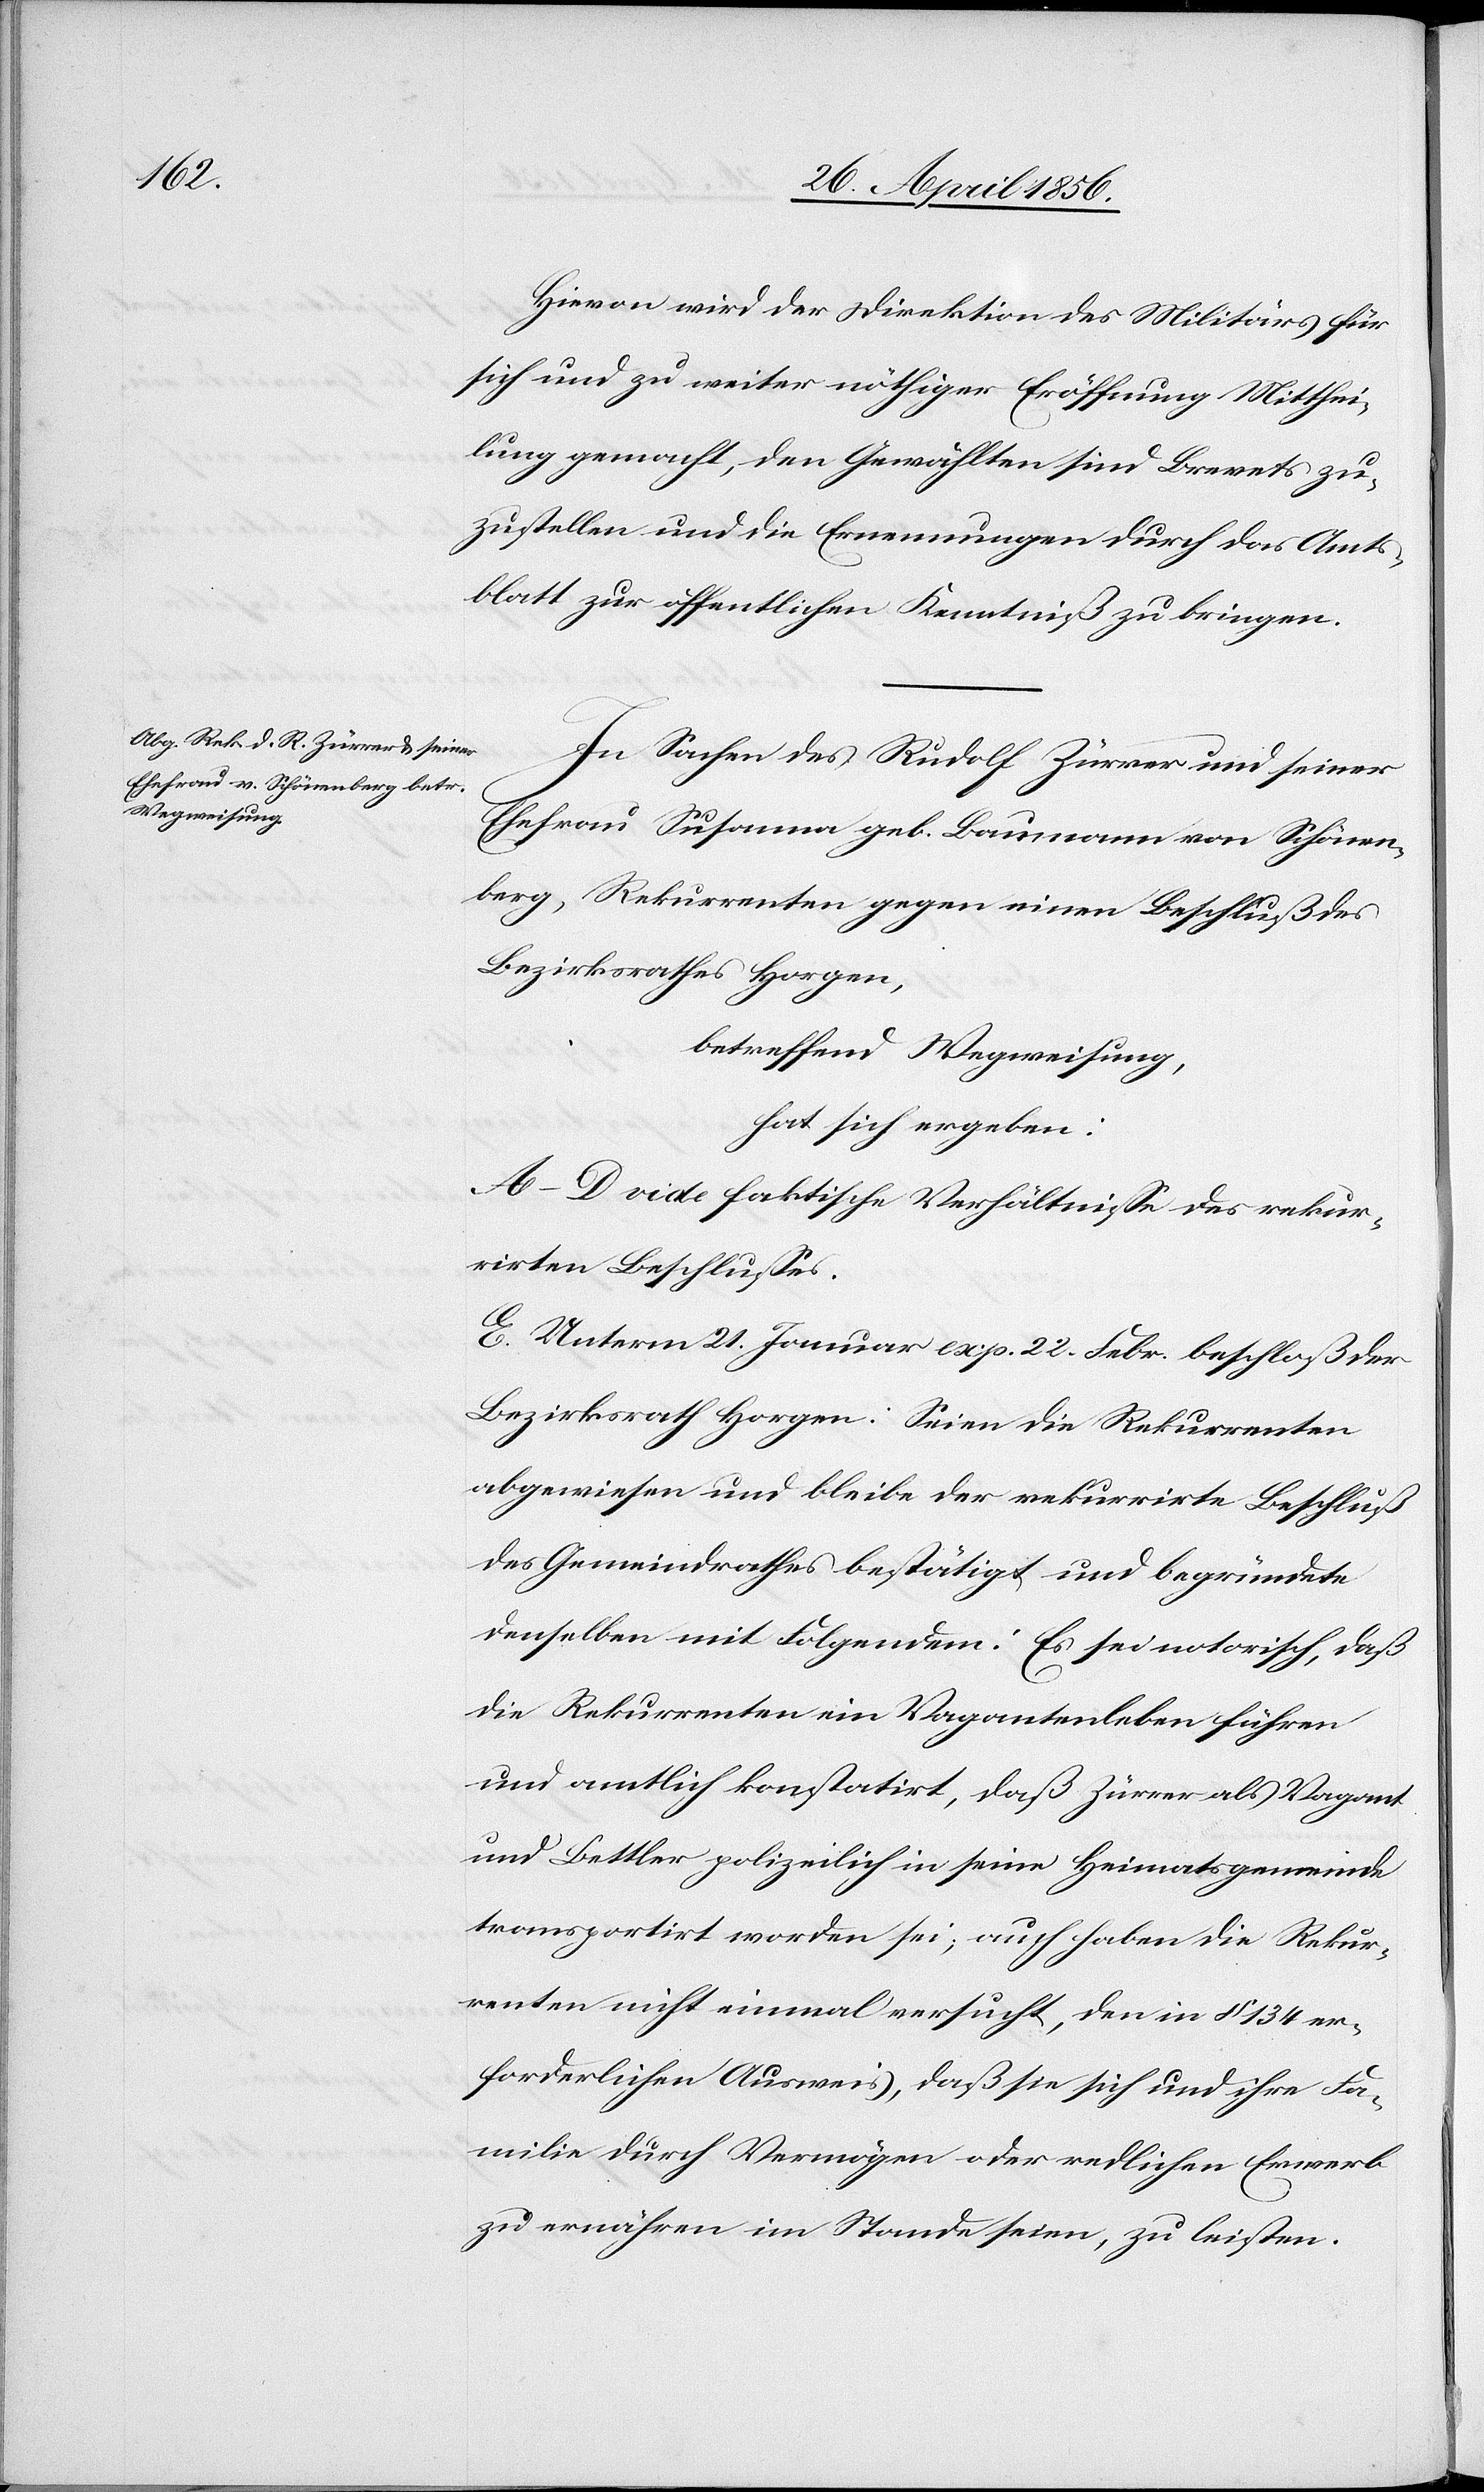
Hievon wird der Direktion des Militärs für
sich und zu weiter nöthiger Eröffnung Mitthei¬
lung gemacht, den Gewählten sind Brevets zu¬
zustellen und die Ernennungen durch das Amts¬
blatt zur öffentlichen Kenntniß zu bringen.
In Sachen des Rudolf Zürrer und seiner
Ehefrau Susanna geb. Baumann von Schönen¬
berg, Rekurrenten gegen einen Beschluß des
Bezirksrathes Horgen,
betreffend Wegweisung,
hat sich ergeben:
A–D[.] vide faktische Verhältnisse des rekur¬
rirten Beschlusses.
E. Unterm 21. Januar exp. 22. Febr. beschloß der
Bezirksrath Horgen: Seien die Rekurrenten
abgewiesen und bleibe der rekurrirte Beschluß
des Gemeindrathes bestätigt und begründete
denselben mit Folgendem: Es sei notorisch, daß
die Rekurrenten ein Vagantenleben führen
und amtlich konstatirt, daß Zürrer als Vagant
und Bettler polizeilich in seine Heimatsgemeinde
transportirt worden sei; auch haben die Rekur¬
renten nicht einmal versucht, den in § 134 er¬
forderlichen Ausweis, daß sie sich und ihre Fa¬
milie durch Vermögen oder redlichen Erwerb
zu ernähren im Stande seien, zu leisten